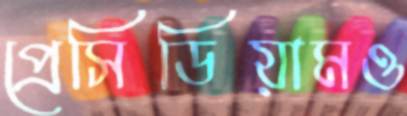
প্রেসিডিয়ামও